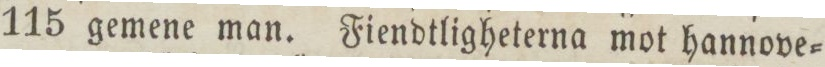
115 gemene man. Fiendtligheterna mot hannove=